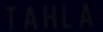
TAHLA